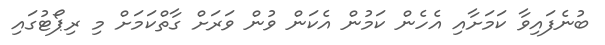
ބުނެފައިވާ ކަމަށާއި އެހެން ކަމުން އެކަން ވުން ވަރަށް ގާތްކަމަށް މި ރިޕޯޓުގައި